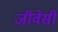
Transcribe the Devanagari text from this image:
जीवेंसीं